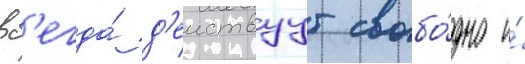
вс'егда́ д'еиствуут свобо́дно и́